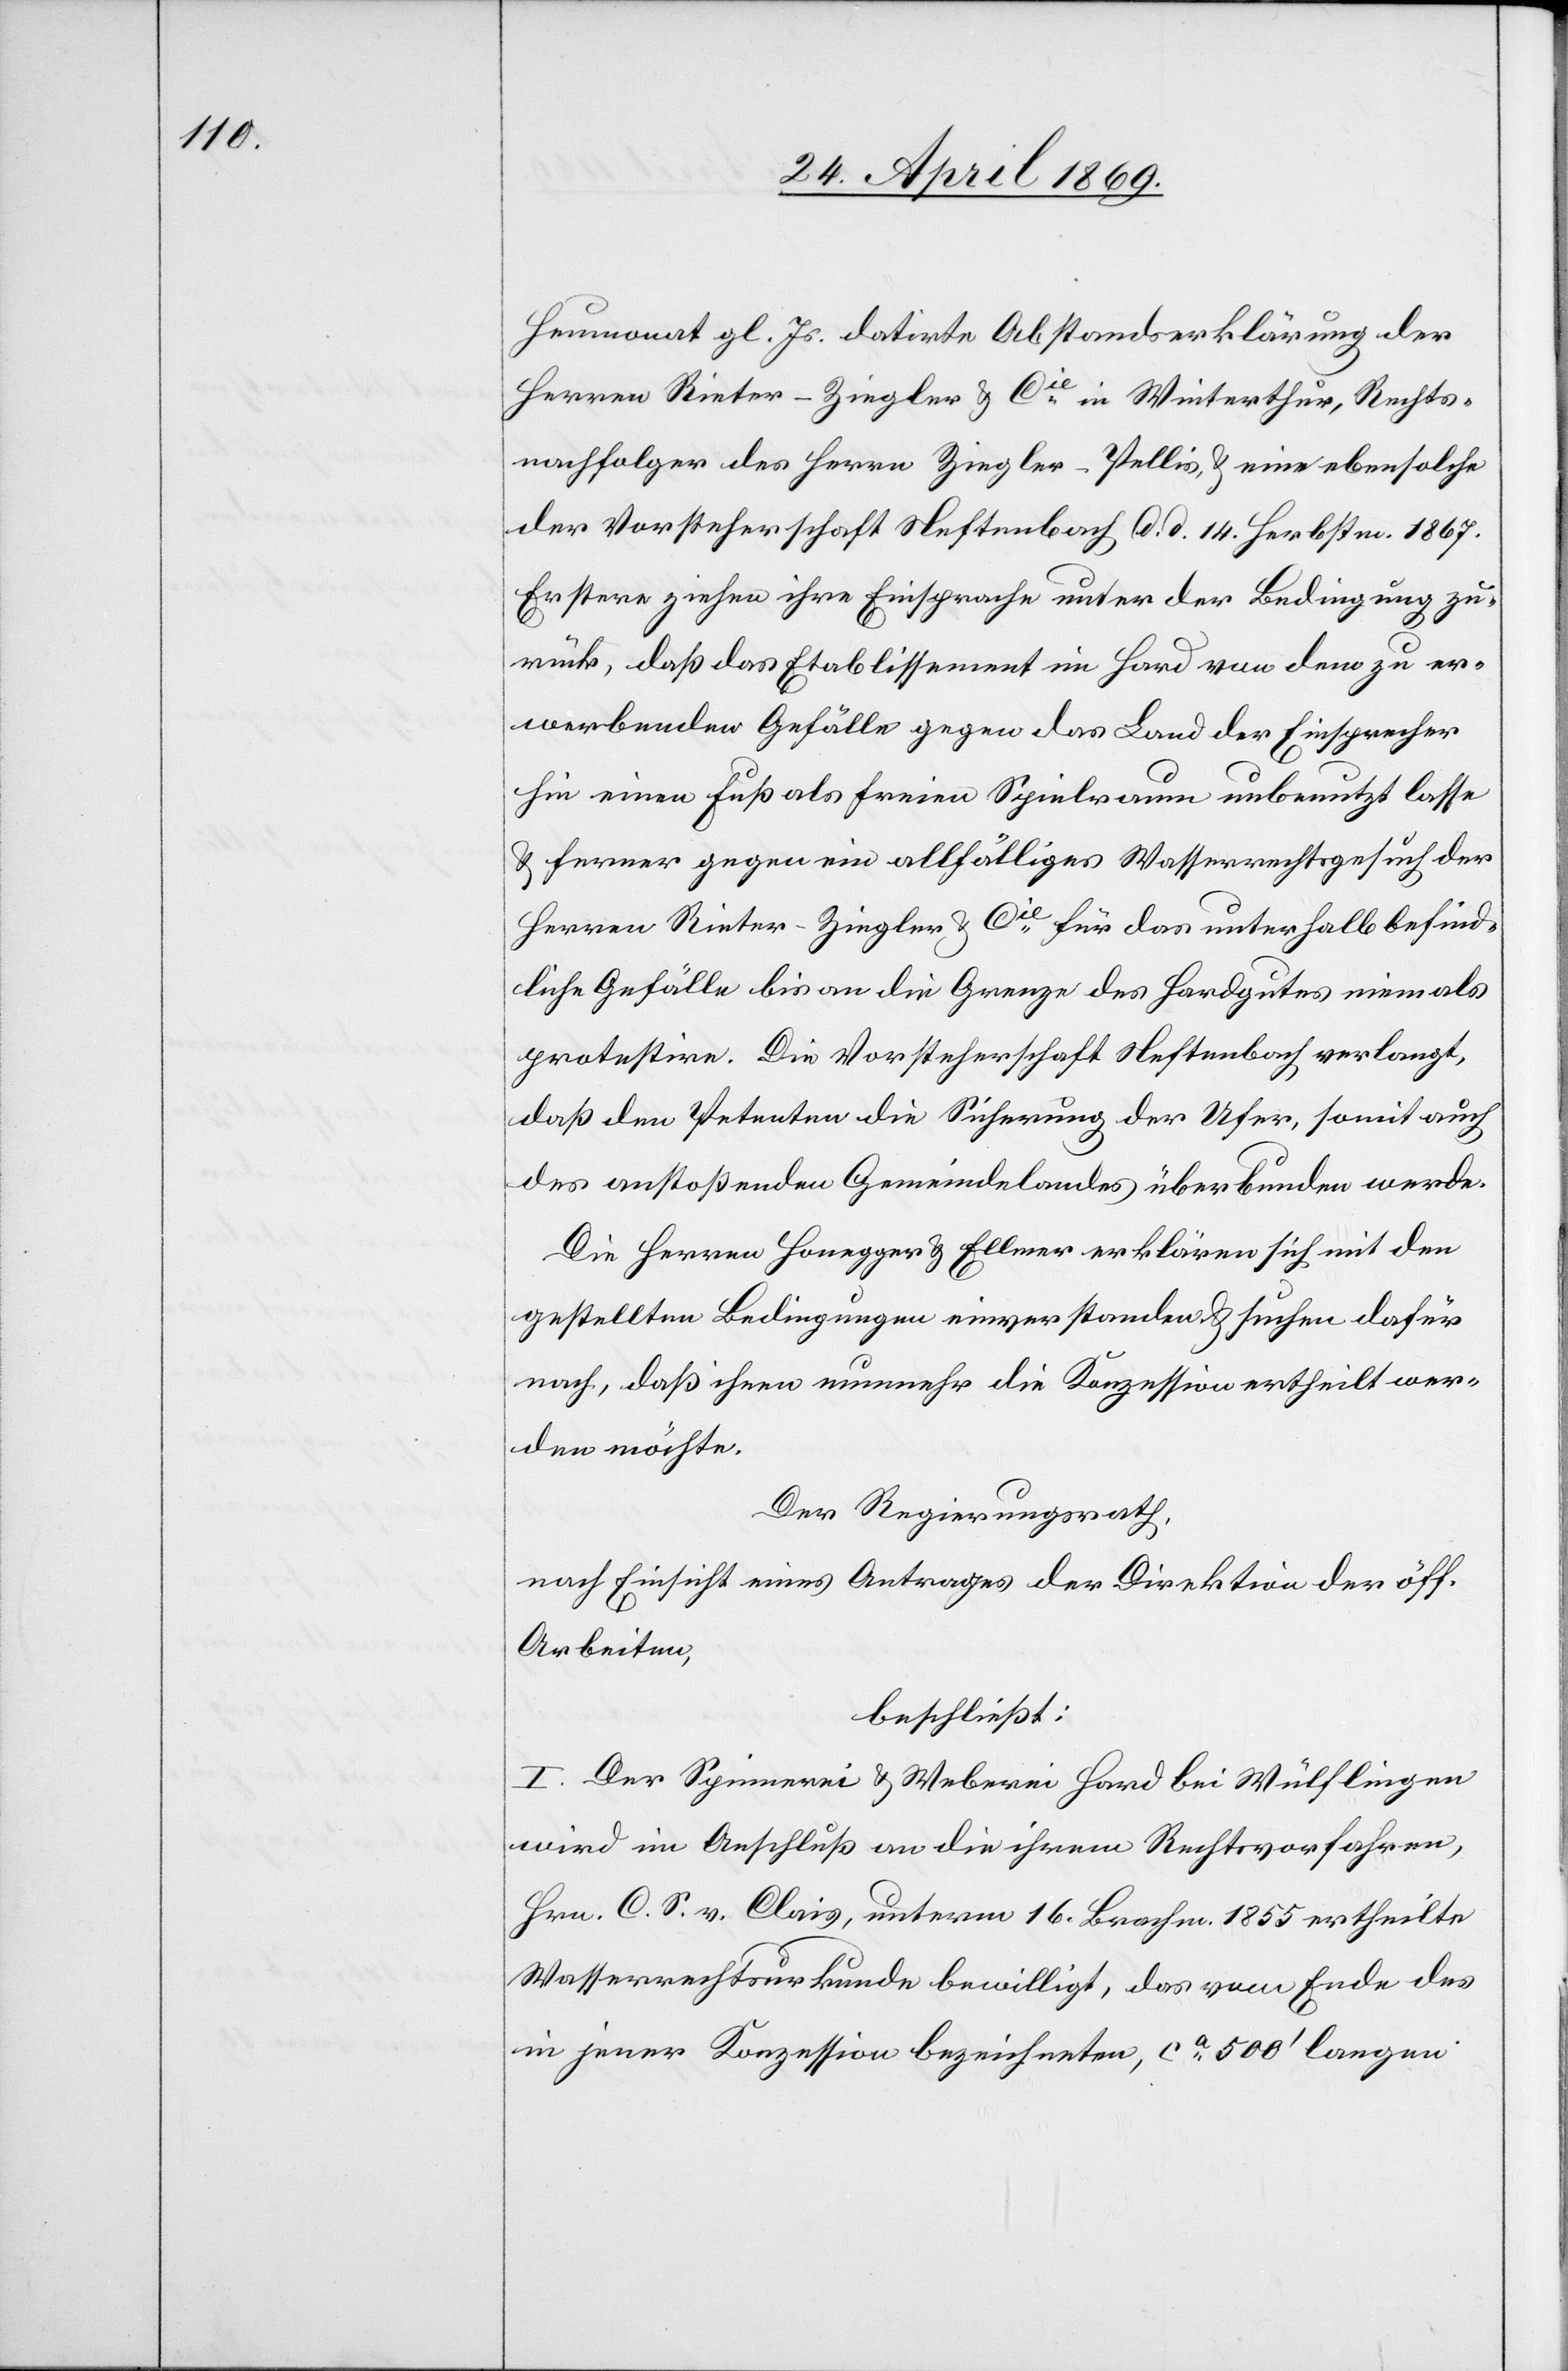
Heumonat gl. Js. datirte Abstandserklärung der
Herren Rieter-Ziegler u. Cie in Winterthur, Rechts¬
nachfolger des Herrn Ziegler-Pellis, u. eine ebensolche
der Vorsteherschaft Neftenbach d. d. 14. Herbstm. 1867.
Erstere ziehen ihre Einsprache unter der Bedingung zu¬
rück, daß das Etablissement im Hard von dem zu er¬
werbenden Gefälle gegen das Land der Einsprecher
hin einen Fuß als freien Spielraum unbenutzt lasse
u. ferner gegen ein allfälliges Wasserrechtsgesuch der
Herren Rieter-Ziegler u. Cie für das unterhalb befind¬
liche Gefälle bis an die Grenze des Hardgutes niemals
protestire. Die Vorsteherschaft Neftenbach verlangt,
daß den Petenten die Sicherung der Ufer, soweit auch
des anstoßenden Gemeindelandes überbunden werde.
Die Herren Honegger u. Ellmer erklären sich mit den
gestellten Bedingungen einverstanden u. suchen dafür
nach, daß ihnen nunmehr die Konzession ertheilt wer¬
den möchte.
Der Regierungsrath,
nach Einsicht eines Antrages der Direktion der öff.
Arbeiten,
beschließt:
I. Der Spinnerei u. Weberei Hard bei Wülflingen
wird im Anschluß an die ihrem Rechtsvorfahren,
Hrn. C. S. v. Clais, unterm 16. Brachm. 1855 ertheilte
Wasserrechtsurkunde bewilligt, das vom Ende des
in jener Konzession bezeichneten, ca 500’ langen